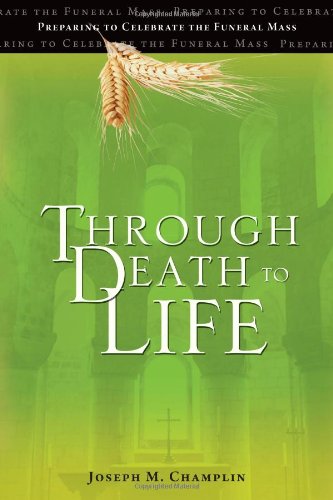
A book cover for Through Death to Life: Preparing to Celebrate the Funeral Mass; Joseph M. Champlin; Christian Books & Bibles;